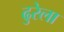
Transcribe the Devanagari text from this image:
ढुरेला